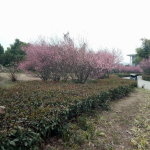
两株桃杏映篱斜，妆点商州副使家。